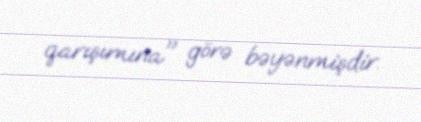
qarışımına" görə bəyənmişdir.